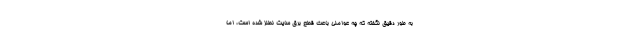
به طور دقیق نگفته که چه عواملی باعث قطع برق سایت نطنز شده است، اما